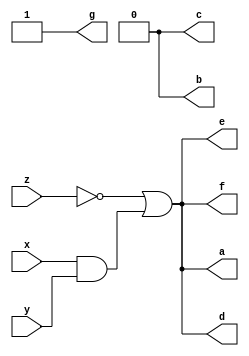
module assignment1(a,b,c,d,e,f,g,x,y,z);
  output a,b,c,d,e,f,g;
  input x,y,z;
  wire s,v;
  reg F;
 
     //F = (!z)|(x&y);
     and(s,x,y);
     not(v,z);
     or(F,v,s);
  
     
   assign a = F;
   assign b = 0;
   assign c = 0;
   assign d = F;
   assign e = F;
   assign f = F;
   assign g = 1;
 
endmodule